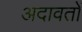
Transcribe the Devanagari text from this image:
अदावतों